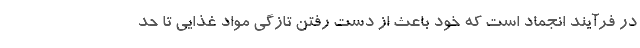
در فرآیند انجماد است که خود باعث از دست رفتن تازگی مواد غذایی تا حد